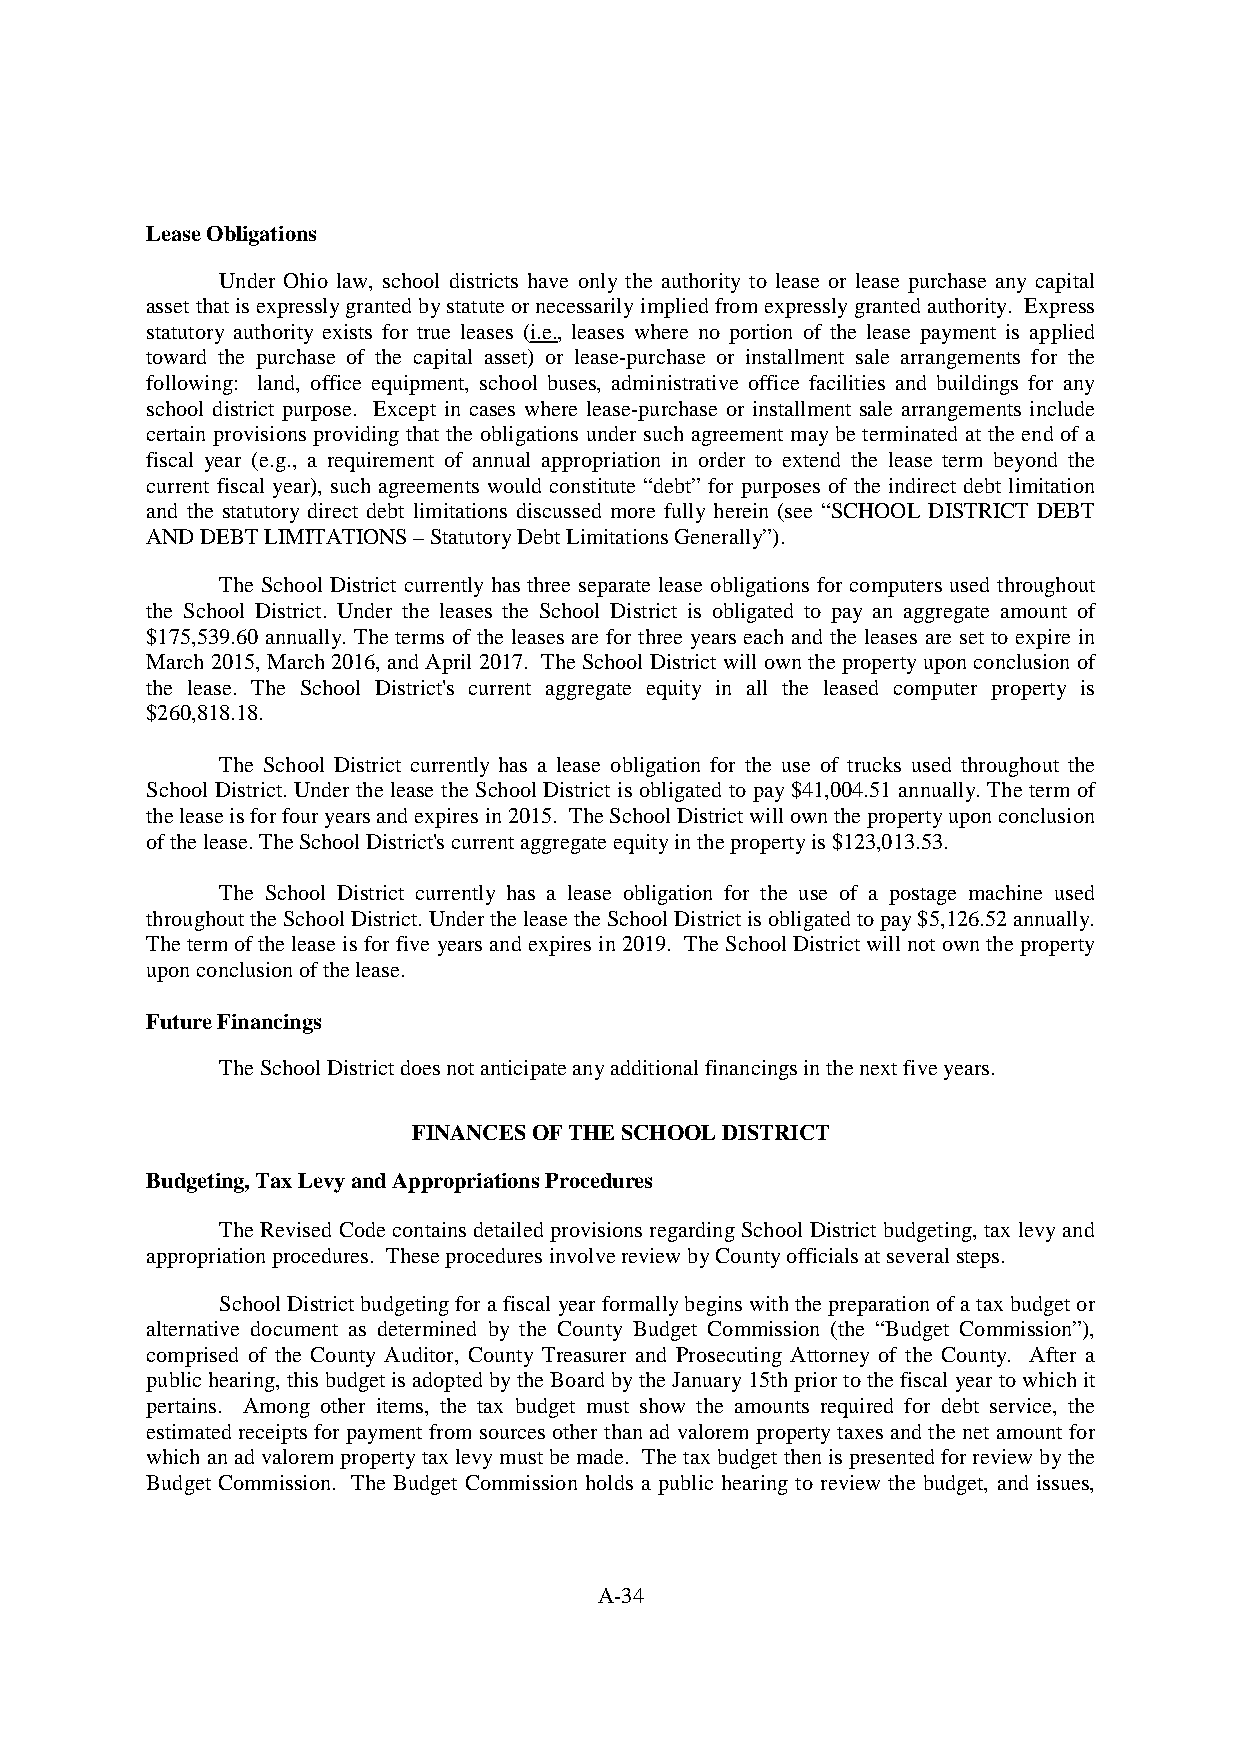
LeaseObligations
 Under Ohio law, school districts have only the authority to lease or lease purchase any capital
 assetthatisexpresslygrantedbystatuteornecessarilyimpliedfromexpresslygrantedauthority. Express
 statutory authority exists for true leases (i.e., leases where no portion of the lease payment is applied
 toward the purchase of the capital asset) or lease-purchase or installment sale arrangements for the
 following: land, office equipment, school buses, administrative office facilities and buildings for any
 school district purpose. Except in cases where lease-purchase or installment sale arrangements include
 certain provisions providing that the obligations under such agreement maybe terminated at the end of a
 fiscal year (e.g., a requirement of annual appropriation in order to extend the lease term beyond the
 current fiscal year), such agreements would constitute “debt” for purposes of the indirect debt limitation
 and the statutory direct debt limitations discussed more fully herein (see “SCHOOL DISTRICT DEBT
 ANDDEBTLIMITATIONS–StatutoryDebtLimitationsGenerally”).
 The School District currently has three separate lease obligations for computers used throughout
 the School District. Under the leases the School District is obligated to pay an aggregate amount of
 $175,539.60 annually. The terms of the leases are for three years each and the leases are set to expire in
 March2015,March2016,andApril 2017. TheSchool District willownthepropertyuponconclusionof
 the lease. The School District's current aggregate equity in all the leased computer property is
 $260,818.18.
 The School District currently has a lease obligation for the use of trucks used throughout the
 School District. Under the lease the School District is obligated to pay$41,004.51 annually. The term of
 theleaseisforfouryearsandexpiresin2015. TheSchoolDistrictwillownthepropertyuponconclusion
 ofthelease.TheSchoolDistrict'scurrentaggregateequityinthepropertyis$123,013.53.
 The School District currently has a lease obligation for the use of a postage machine used
 throughouttheSchoolDistrict.UndertheleasetheSchoolDistrictisobligatedtopay$5,126.52annually.
 Thetermoftheleaseisforfive yearsandexpiresin2019. The SchoolDistrictwill not owntheproperty
 uponconclusionofthelease.
 FutureFinancings
 TheSchoolDistrictdoesnotanticipateanyadditionalfinancingsinthenextfiveyears.
 FINANCESOFTHESCHOOLDISTRICT
 Budgeting,TaxLevyandAppropriationsProcedures
 The Revised Code contains detailed provisions regarding School District budgeting, tax levyand
 appropriationprocedures. TheseproceduresinvolvereviewbyCountyofficialsatseveralsteps.
 SchoolDistrict budgetingfor afiscal yearformallybeginswiththepreparationofataxbudgetor
 alternative document as determined by the County Budget Commission (the “Budget Commission”),
 comprised of the County Auditor, County Treasurer and Prosecuting Attorney of the County. After a
 publichearing,thisbudgetis adoptedbytheBoardbytheJanuary15thpriortothefiscal year towhichit
 pertains. Among other items, the tax budget must show the amounts required for debt service, the
 estimated receipts for payment from sources other than ad valorempropertytaxes andthe net amount for
 whichanadvalorempropertytaxlevymust bemade. Thetaxbudget thenispresentedforreviewbythe
 Budget Commission. The Budget Commission holds a public hearing to review the budget, and issues,
 A-34